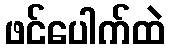
ဖင်ပေါက်ထဲ